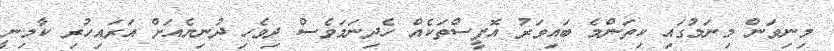
މިނިވަން މިނަމުގައި ކިތަންމެ ބައިވަރު އޮފީސްތަކެއް ހެދިނަމަވެސް ދިވެހި ދުނިޔެއަށް އަރައިހުރި ކާމިނީ